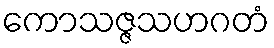
ကောသဇ္ဇသဟဂတံ